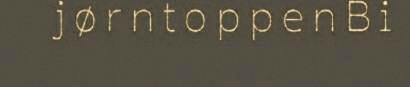
j ø r n t o p p e n B i